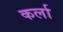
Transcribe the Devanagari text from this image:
कर्ला